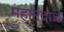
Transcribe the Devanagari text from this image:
महानंदाचे